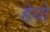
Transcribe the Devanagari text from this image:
हेयो